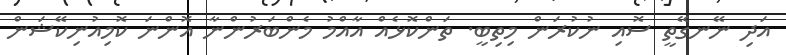
އަދި ނޭނގޭތީ ސޮއި ނުކުރަން މިތިބީ. ތަންކޮޅެއް އާއްމު މެންބަރުންނާ އޮންނަ ކޮމިއުނިކޭޝަން